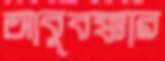
আবুবক্কার